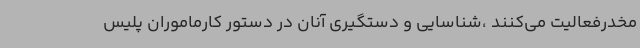
مخدرفعالیت می‌کنند ،شناسایی و دستگیری آنان در دستور کارماموران پلیس